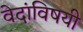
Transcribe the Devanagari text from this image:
वेदांविषयी